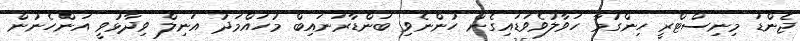
ޖެންޑަ މިނިސްޓްރީ ހިންގުމާ ހަވާލުވެވަޑައިގެން ހުންނެވި ބަންޑާރަނައިބް މުހައްމަދު އަނިލް ވިދާޅުވީ އަންހެނުން